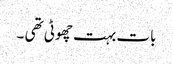
بات بہت چھوٹی تھی ۔